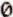
0